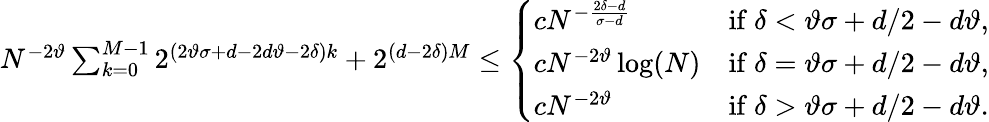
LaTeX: \begin{array}{r}{N^{-2\vartheta}\sum_{k=0}^{M-1}2^{(2\vartheta\sigma+d-2d\vartheta-2\delta)k}+2^{(d-2\delta)M}\leq\left\{ \begin{array}{ll}{cN^{-\frac{2\delta-d}{\sigma-d}}}&{\mathrm{if~}\delta<\vartheta\sigma+d/2-d\vartheta,}\\ {cN^{-2\vartheta}\log(N)}&{\mathrm{if~}\delta=\vartheta\sigma+d/2-d\vartheta,}\\ {cN^{-2\vartheta}}&{\mathrm{if~}\delta>\vartheta\sigma+d/2-d\vartheta.}\end{array}\right.}\end{array}